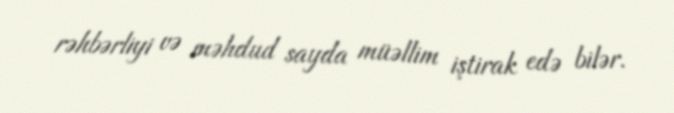
rəhbərliyi və məhdud sayda müəllim iştirak edə bilər.